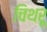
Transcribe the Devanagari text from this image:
चिथरू